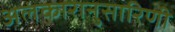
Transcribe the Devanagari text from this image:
अलंकारानुसारिणी